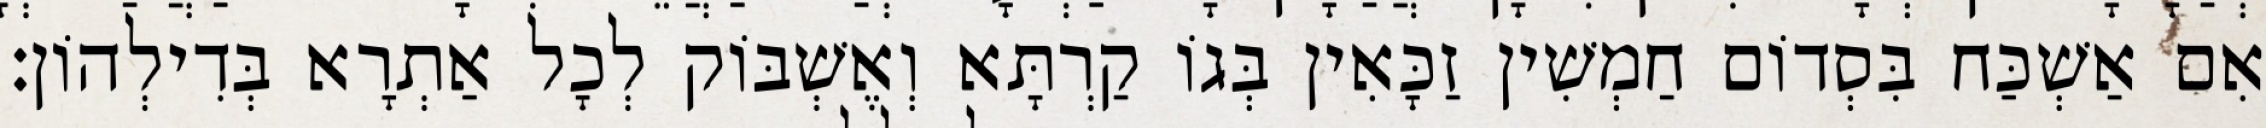
אִם אַשְׁכַּח בִּסְדוֹם חַמְשִׁין זַכָּאִין בְּגוֹ קַרְתָּא וְאֶשְׁבּוֹק לְכָל אַתְרָא בְּדִילְהוֹן׃